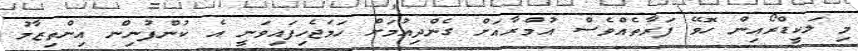
މި ލަކީޑްރޯއިން ހޮވޭ ފަރާތެއްވެސް އުމްރާއަށް ގެންދިއުމަށް ހަމަޖެހިފައިވަނީ އެ ކުންފުނިން އިންތިޒާމު